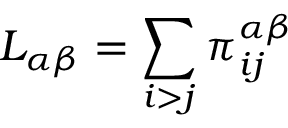
L _ { \alpha \beta } = \sum _ { i > j } \pi _ { i j } ^ { \alpha \beta }